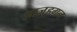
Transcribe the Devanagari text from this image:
आज़्हगन